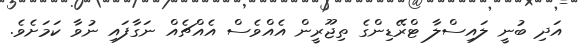
އަދި ބުނީ ލައިސްލާ ޓްރޭޑިންގެ ތިޖޫރީން އެއްވެސް އެއްޗެއް ނަގާފައި ނުވާ ކަމަށެވެ.